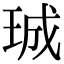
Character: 珹